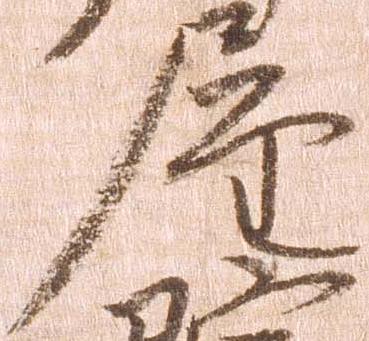
屋